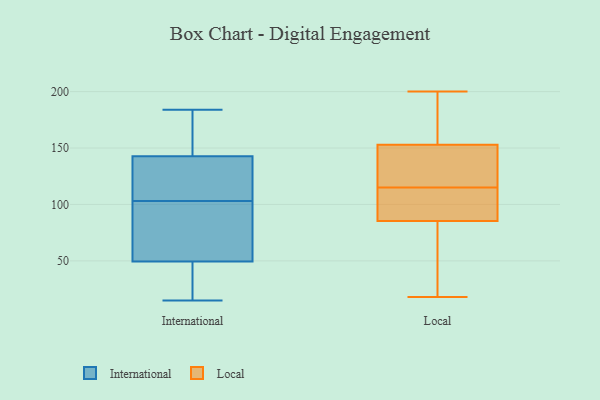
{"axis": {"x": "Page Views", "y": "Value"}, "legend": ["International", "Local"], "data": [{"x": "", "y": 169, "type": "International"}, {"x": "", "y": 82, "type": "International"}, {"x": "", "y": 142, "type": "International"}, {"x": "", "y": 27, "type": "International"}, {"x": "", "y": 16, "type": "International"}, {"x": "", "y": 180, "type": "International"}, {"x": "", "y": 49, "type": "International"}, {"x": "", "y": 40, "type": "International"}, {"x": "", "y": 133, "type": "International"}, {"x": "", "y": 111, "type": "International"}, {"x": "", "y": 184, "type": "International"}, {"x": "", "y": 15, "type": "International"}, {"x": "", "y": 182, "type": "International"}, {"x": "", "y": 132, "type": "International"}, {"x": "", "y": 51, "type": "International"}, {"x": "", "y": 143, "type": "International"}, {"x": "", "y": 103, "type": "International"}, {"x": "", "y": 66, "type": "International"}, {"x": "", "y": 83, "type": "International"}, {"x": "", "y": 92, "type": "Local"}, {"x": "", "y": 83, "type": "Local"}, {"x": "", "y": 166, "type": "Local"}, {"x": "", "y": 45, "type": "Local"}, {"x": "", "y": 18, "type": "Local"}, {"x": "", "y": 137, "type": "Local"}, {"x": "", "y": 142, "type": "Local"}, {"x": "", "y": 95, "type": "Local"}, {"x": "", "y": 147, "type": "Local"}, {"x": "", "y": 94, "type": "Local"}, {"x": "", "y": 147, "type": "Local"}, {"x": "", "y": 155, "type": "Local"}, {"x": "", "y": 168, "type": "Local"}, {"x": "", "y": 94, "type": "Local"}, {"x": "", "y": 66, "type": "Local"}, {"x": "", "y": 66, "type": "Local"}, {"x": "", "y": 200, "type": "Local"}, {"x": "", "y": 157, "type": "Local"}, {"x": "", "y": 115, "type": "Local"}]}